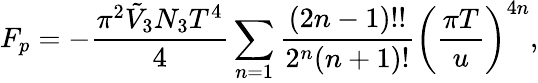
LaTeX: F_{p}=-\frac{\pi^{2}\tilde{V}_{3}N_{3}T^{4}}{4}\sum_{n=1}\frac{(2n-1)!!}{2^{n}(n+1)!}\left(\frac{\pi T}{u}\right)^{4n},